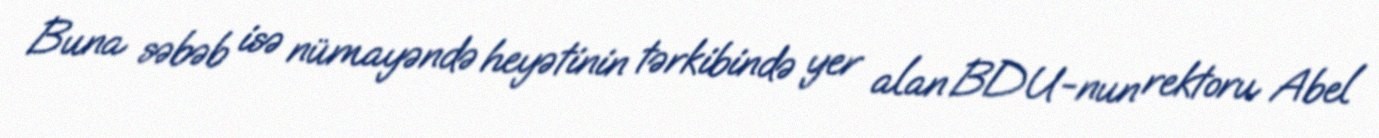
Buna səbəb isə nümayəndə heyətinin tərkibində yer alan BDU-nun rektoru Abel